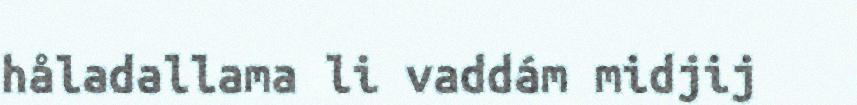
håladallama li vaddám midjij